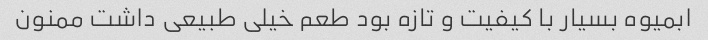
ابمیوه بسیار با کیفیت و تازه بود طعم خیلی طبیعی داشت ممنون